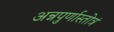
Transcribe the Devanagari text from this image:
अन्नपुर्णास्तोत्रं